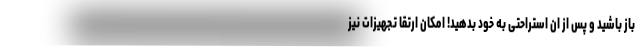
باز باشید و پس از ان استراحتی به خود بدهید! امکان ارتقا تجهیزات نیز